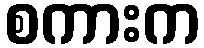
စကားက